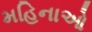
મહિનાઓ